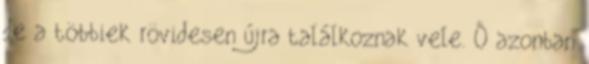
de a többiek rövidesen újra találkoznak vele. Ő azonban